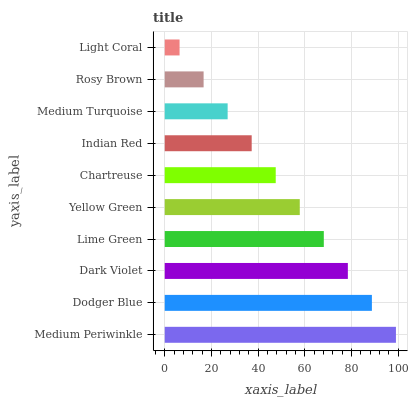
| yaxis_label | bars |
 | --- | --- |
 | Medium Periwinkle | 99 |
 | Dodger Blue | 88.7 |
 | Dark Violet | 78.4 |
 | Lime Green | 68.1 |
 | Yellow Green | 57.8 |
 | Chartreuse | 47.5 |
 | Indian Red | 37.2 |
 | Medium Turquoise | 26.9 |
 | Rosy Brown | 16.6 |
 | Light Coral | 6.35 |